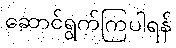
ဆောင်ရွက်ကြပါရန်